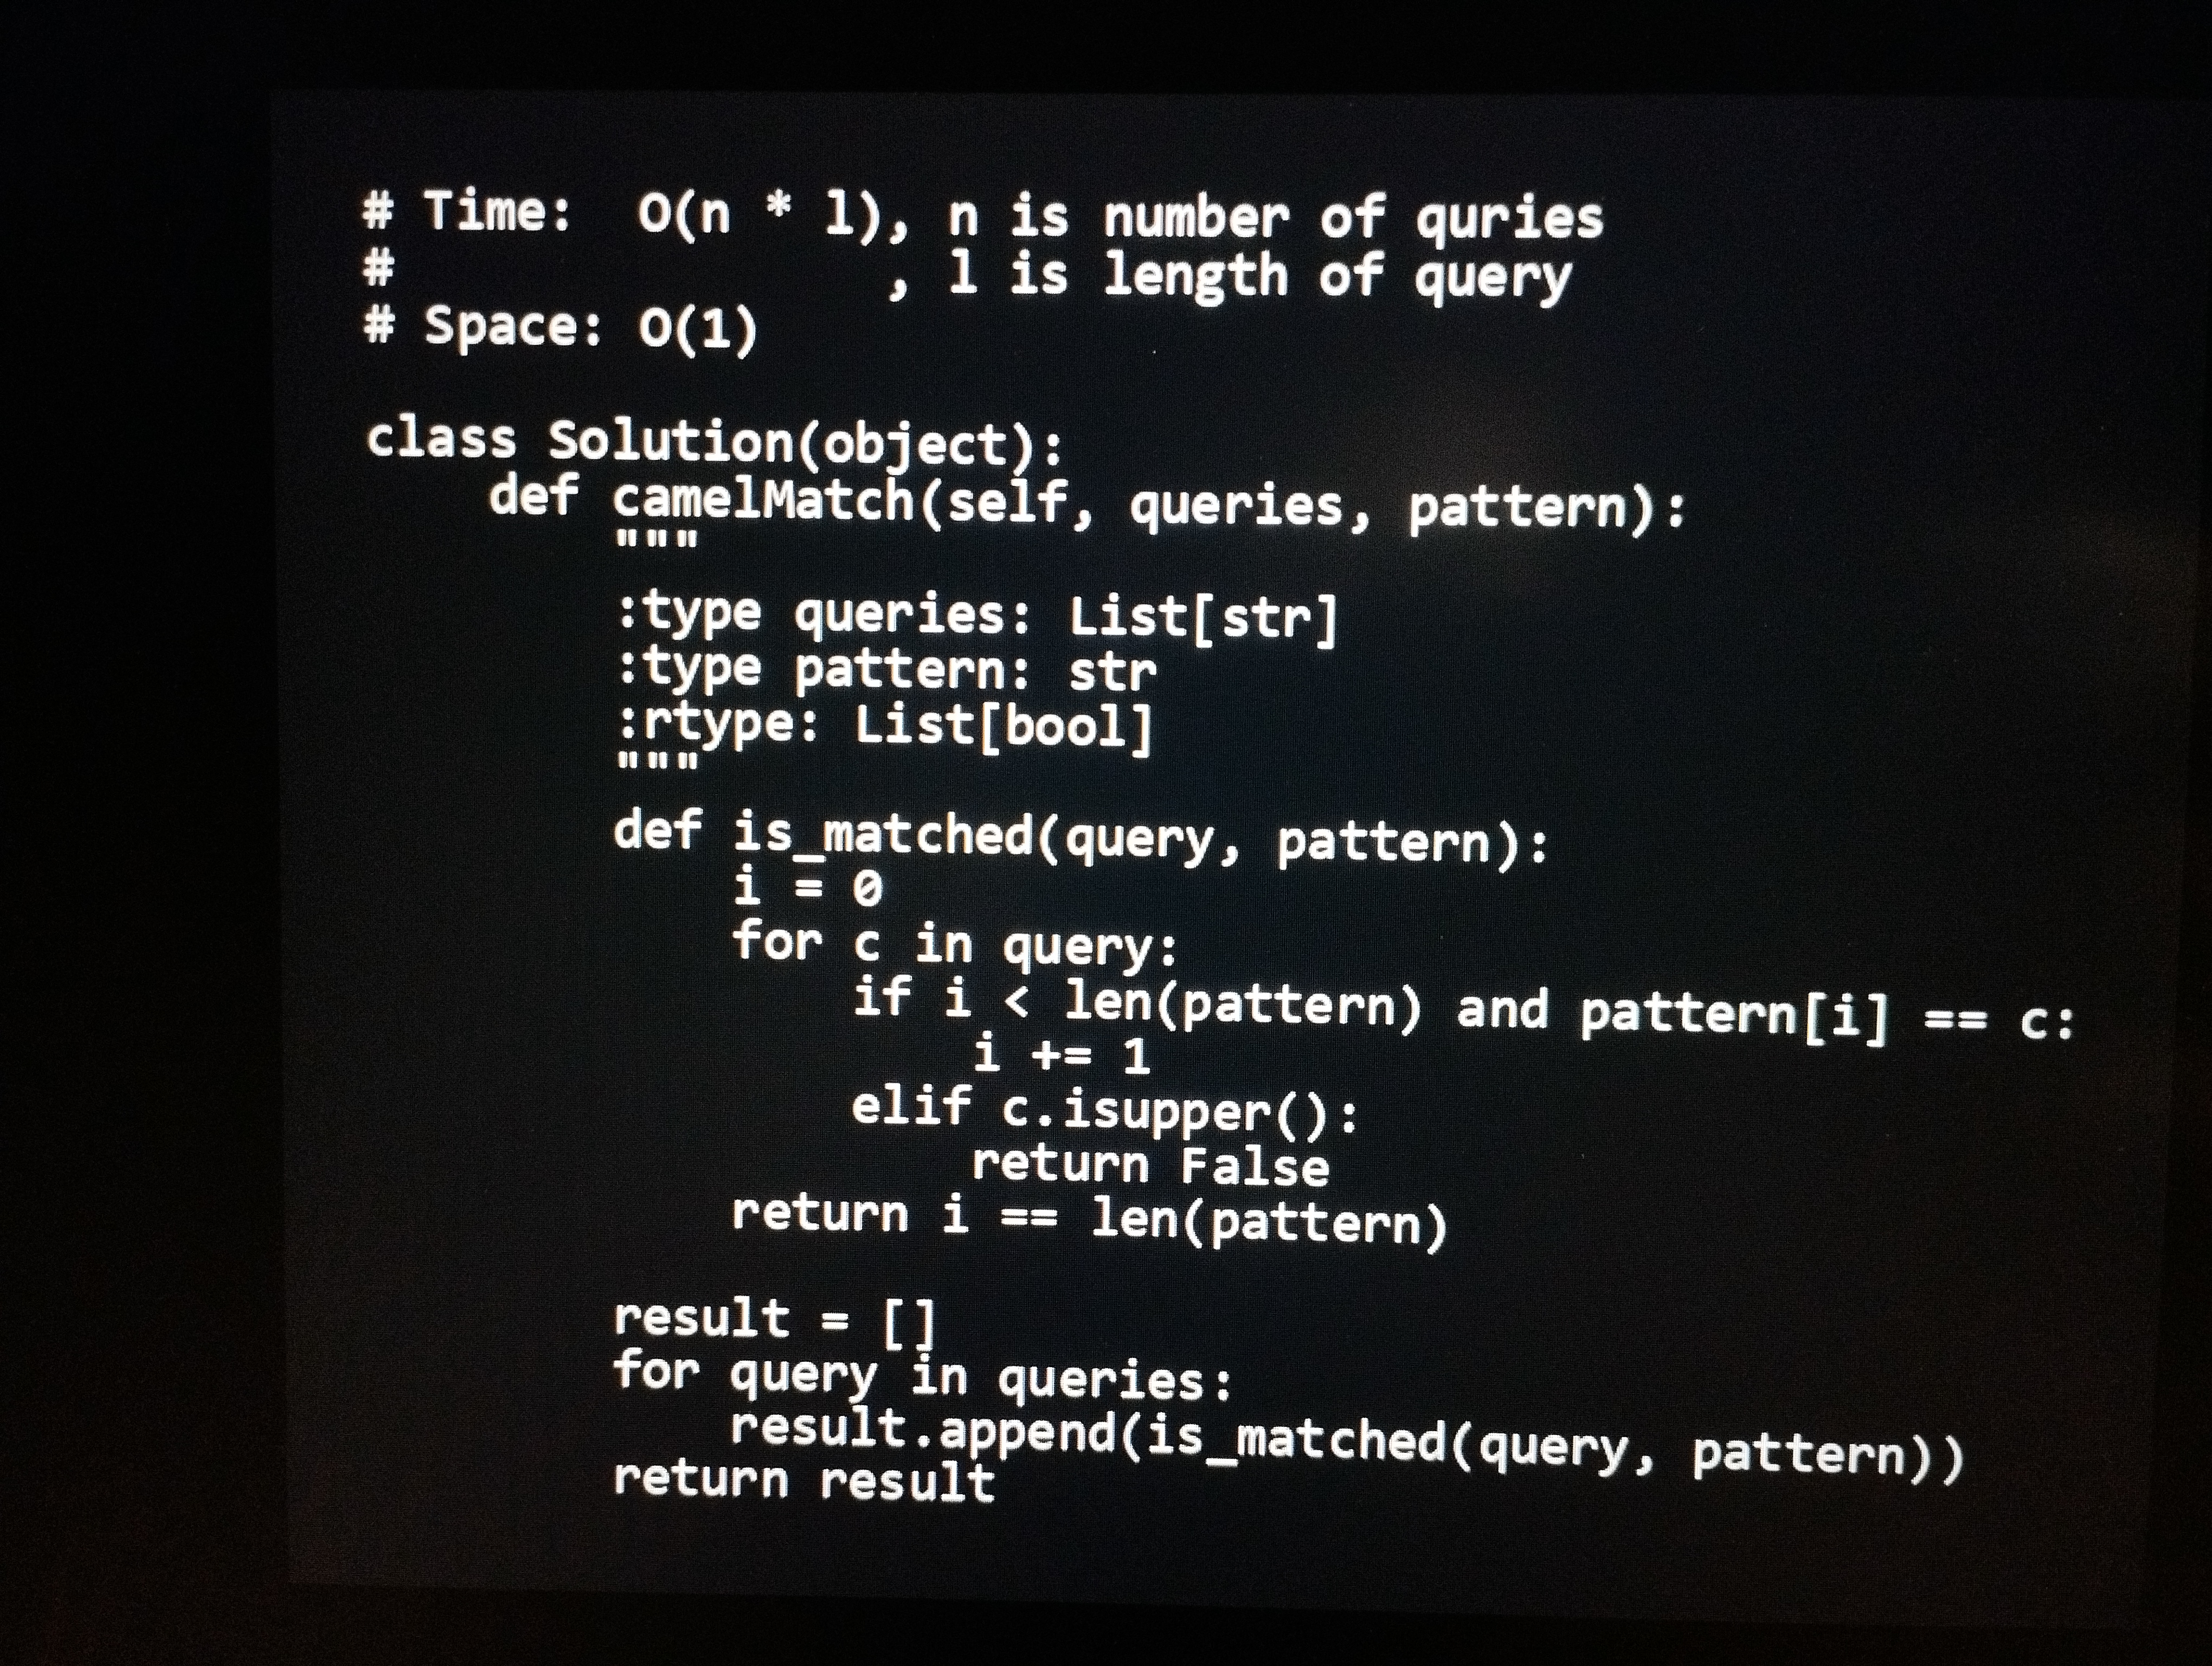
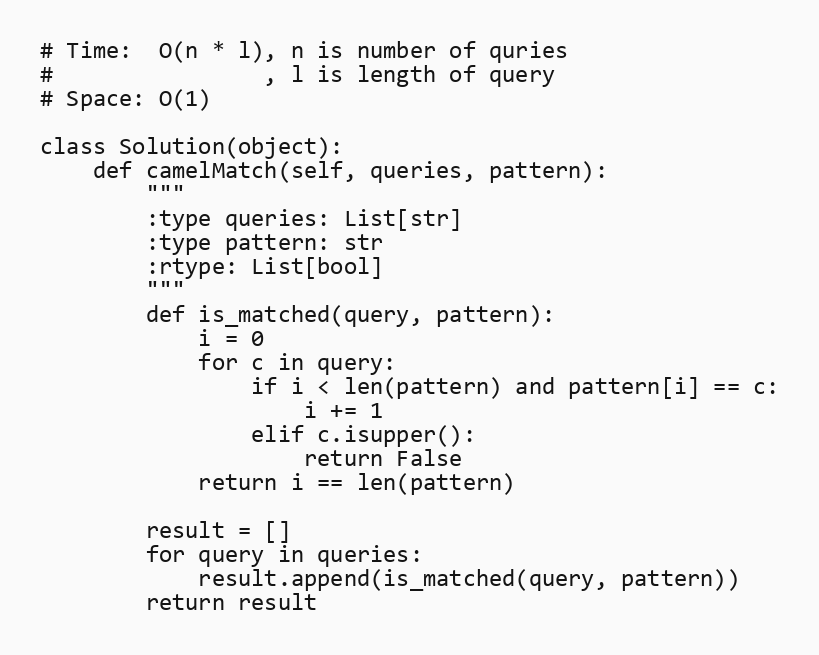
# Time:  O(n * l), n is number of quries
#                , l is length of query
# Space: O(1)

class Solution(object):
    def camelMatch(self, queries, pattern):
        """
        :type queries: List[str]
        :type pattern: str
        :rtype: List[bool]
        """
        def is_matched(query, pattern):
            i = 0
            for c in query:
                if i < len(pattern) and pattern[i] == c:
                    i += 1
                elif c.isupper():
                    return False
            return i == len(pattern)

        result = []
        for query in queries:
            result.append(is_matched(query, pattern))
        return result